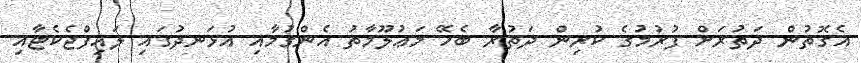
އެގޮތުން ދަތުރަށް ފުރުމުގެ ކުރިން ދަތުރާ ބެހޭ މަޢުލޫމާތު އެންގުމާއި އުޅަނދުގައި ލައިފްޖެކެޓާއި